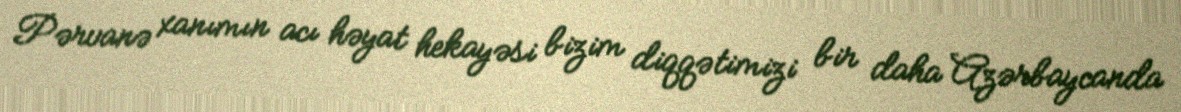
Pərvanə xanımın acı həyat hekayəsi bizim diqqətimizi bir daha Azərbaycanda